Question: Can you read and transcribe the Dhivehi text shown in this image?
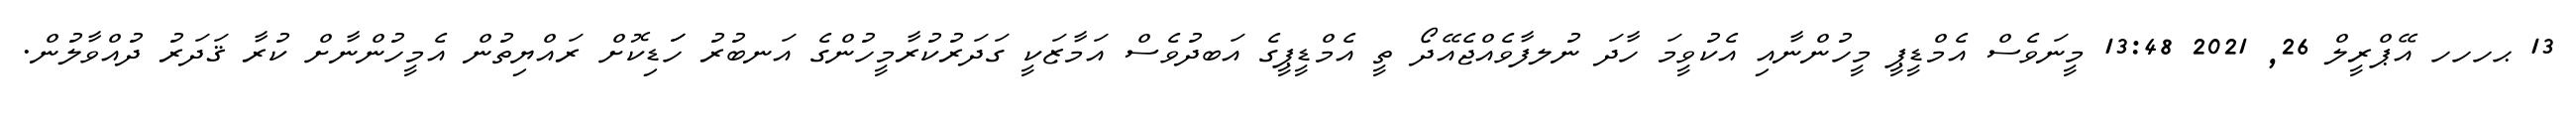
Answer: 13 ޙހހހ އޭޕްރީލް 26, 2021 13:48 މީނަވެސް އެމްޑީޕީ މީހުންނާއި އެކުވީމަ ހާދަ ނުލފާވެއްޖެއޭދޯ ތީ އެމްޑީޕީގެ އަބދުވެސް އަމާޒަކީ ގަދަރުކުރާމީހުންގެ އަނބުރު ހަަޑިކޮށް ރައްޔިތުން އެމީހުންނާށް ކުރާ ޤަދަރު ދުއްވާލުން.